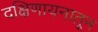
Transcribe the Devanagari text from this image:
दक्षिणायनातून